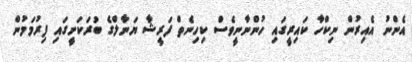
އެންނު އެއިރުން ނިކްހާ ކައިރީގައި ހުންނާނީވެސް ކިހިނެތް ފަރީޝާ ޔަނާލްގެ ބުރަކަށީގައި ފިރުމަމުން